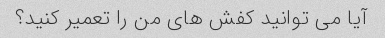
آیا می توانید کفش های من را تعمیر کنید؟